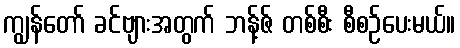
ကျွန်တော် ခင်ဗျားအတွက် ဘန့်ဇ် တစ်စီး စီစဉ်ပေးမယ်။